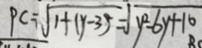
P C = \sqrt { 1 + ( y - 3 ) ^ { 2 } } = \sqrt { y ^ { 2 } - 6 y + 1 6 }